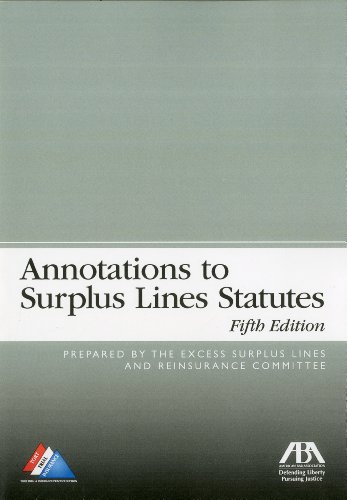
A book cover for Annotations to Surplus Lines Statutes; Excess Surplus Lines and Reinsurance Committee; Law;